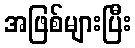
အဖြစ်များပြီး